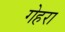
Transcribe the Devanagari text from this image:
गेहरा